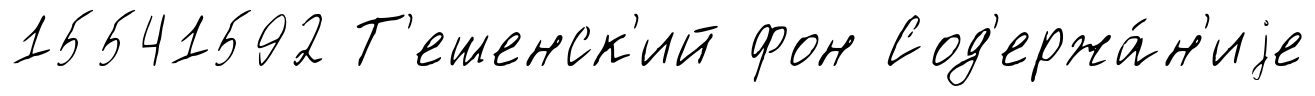
15541592 Т'ешенск'ий фон Сод'ержа́н'иjе